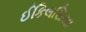
ઈકિલસિયા